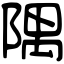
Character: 隅